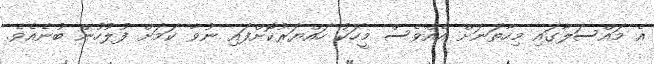
އެ މައްސަލާގައި މިހާތަނަށް އެއްވެސް މީހަކު ހައްޔަރުކޮށްފައި ނުވާ ކަމަށް ފުލުހުން ބުނެއެވެ.